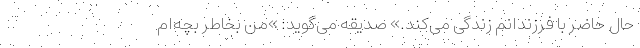
حال حاضر با فرزندانم زندگی می‌کند.» صدیقه می‌گوید: »من بخاطر بچه‌ام